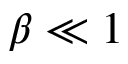
\beta \ll 1